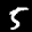
Label: 5